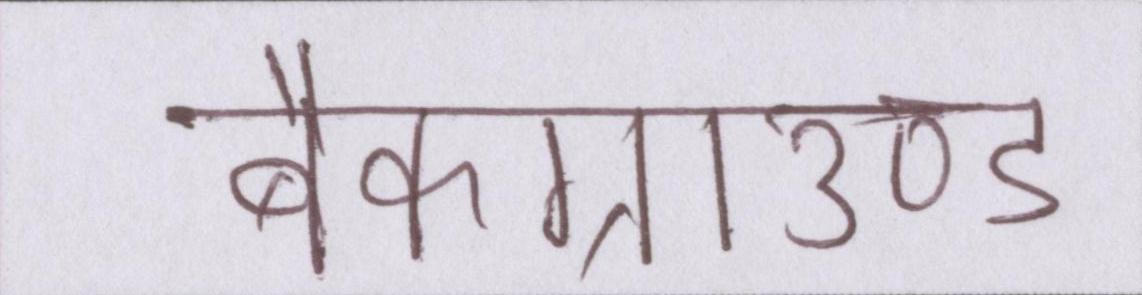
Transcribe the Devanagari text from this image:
बैकग्राउण्ड